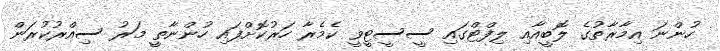
ހުންނަ އިމާރާތުގެ ލޮބީއާއި ލިފްޓްގައި ސީސީޓީވީ ކެމެރާ ހަރުކޮށްފައި ހުންނާތީ މަރު ސިއްރުކުރަން